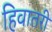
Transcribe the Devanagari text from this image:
हिवातरी